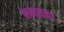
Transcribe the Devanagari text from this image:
बेन्नाळकर